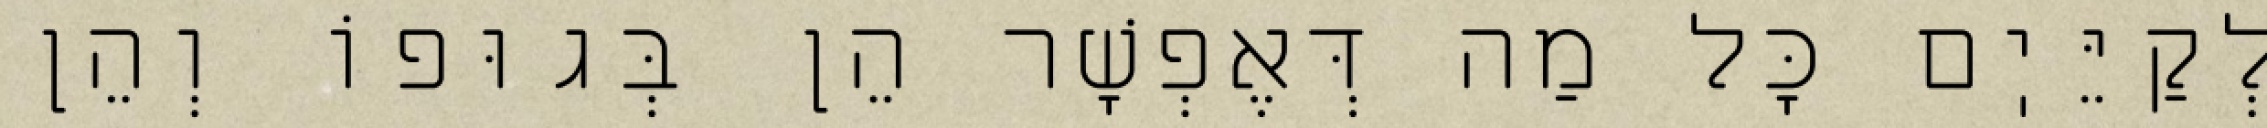
לְקַיֵּיֽם כׇּל מַה דְּאֶפְשָׁר הֵן בְּגוּפוֹ וְהֵן